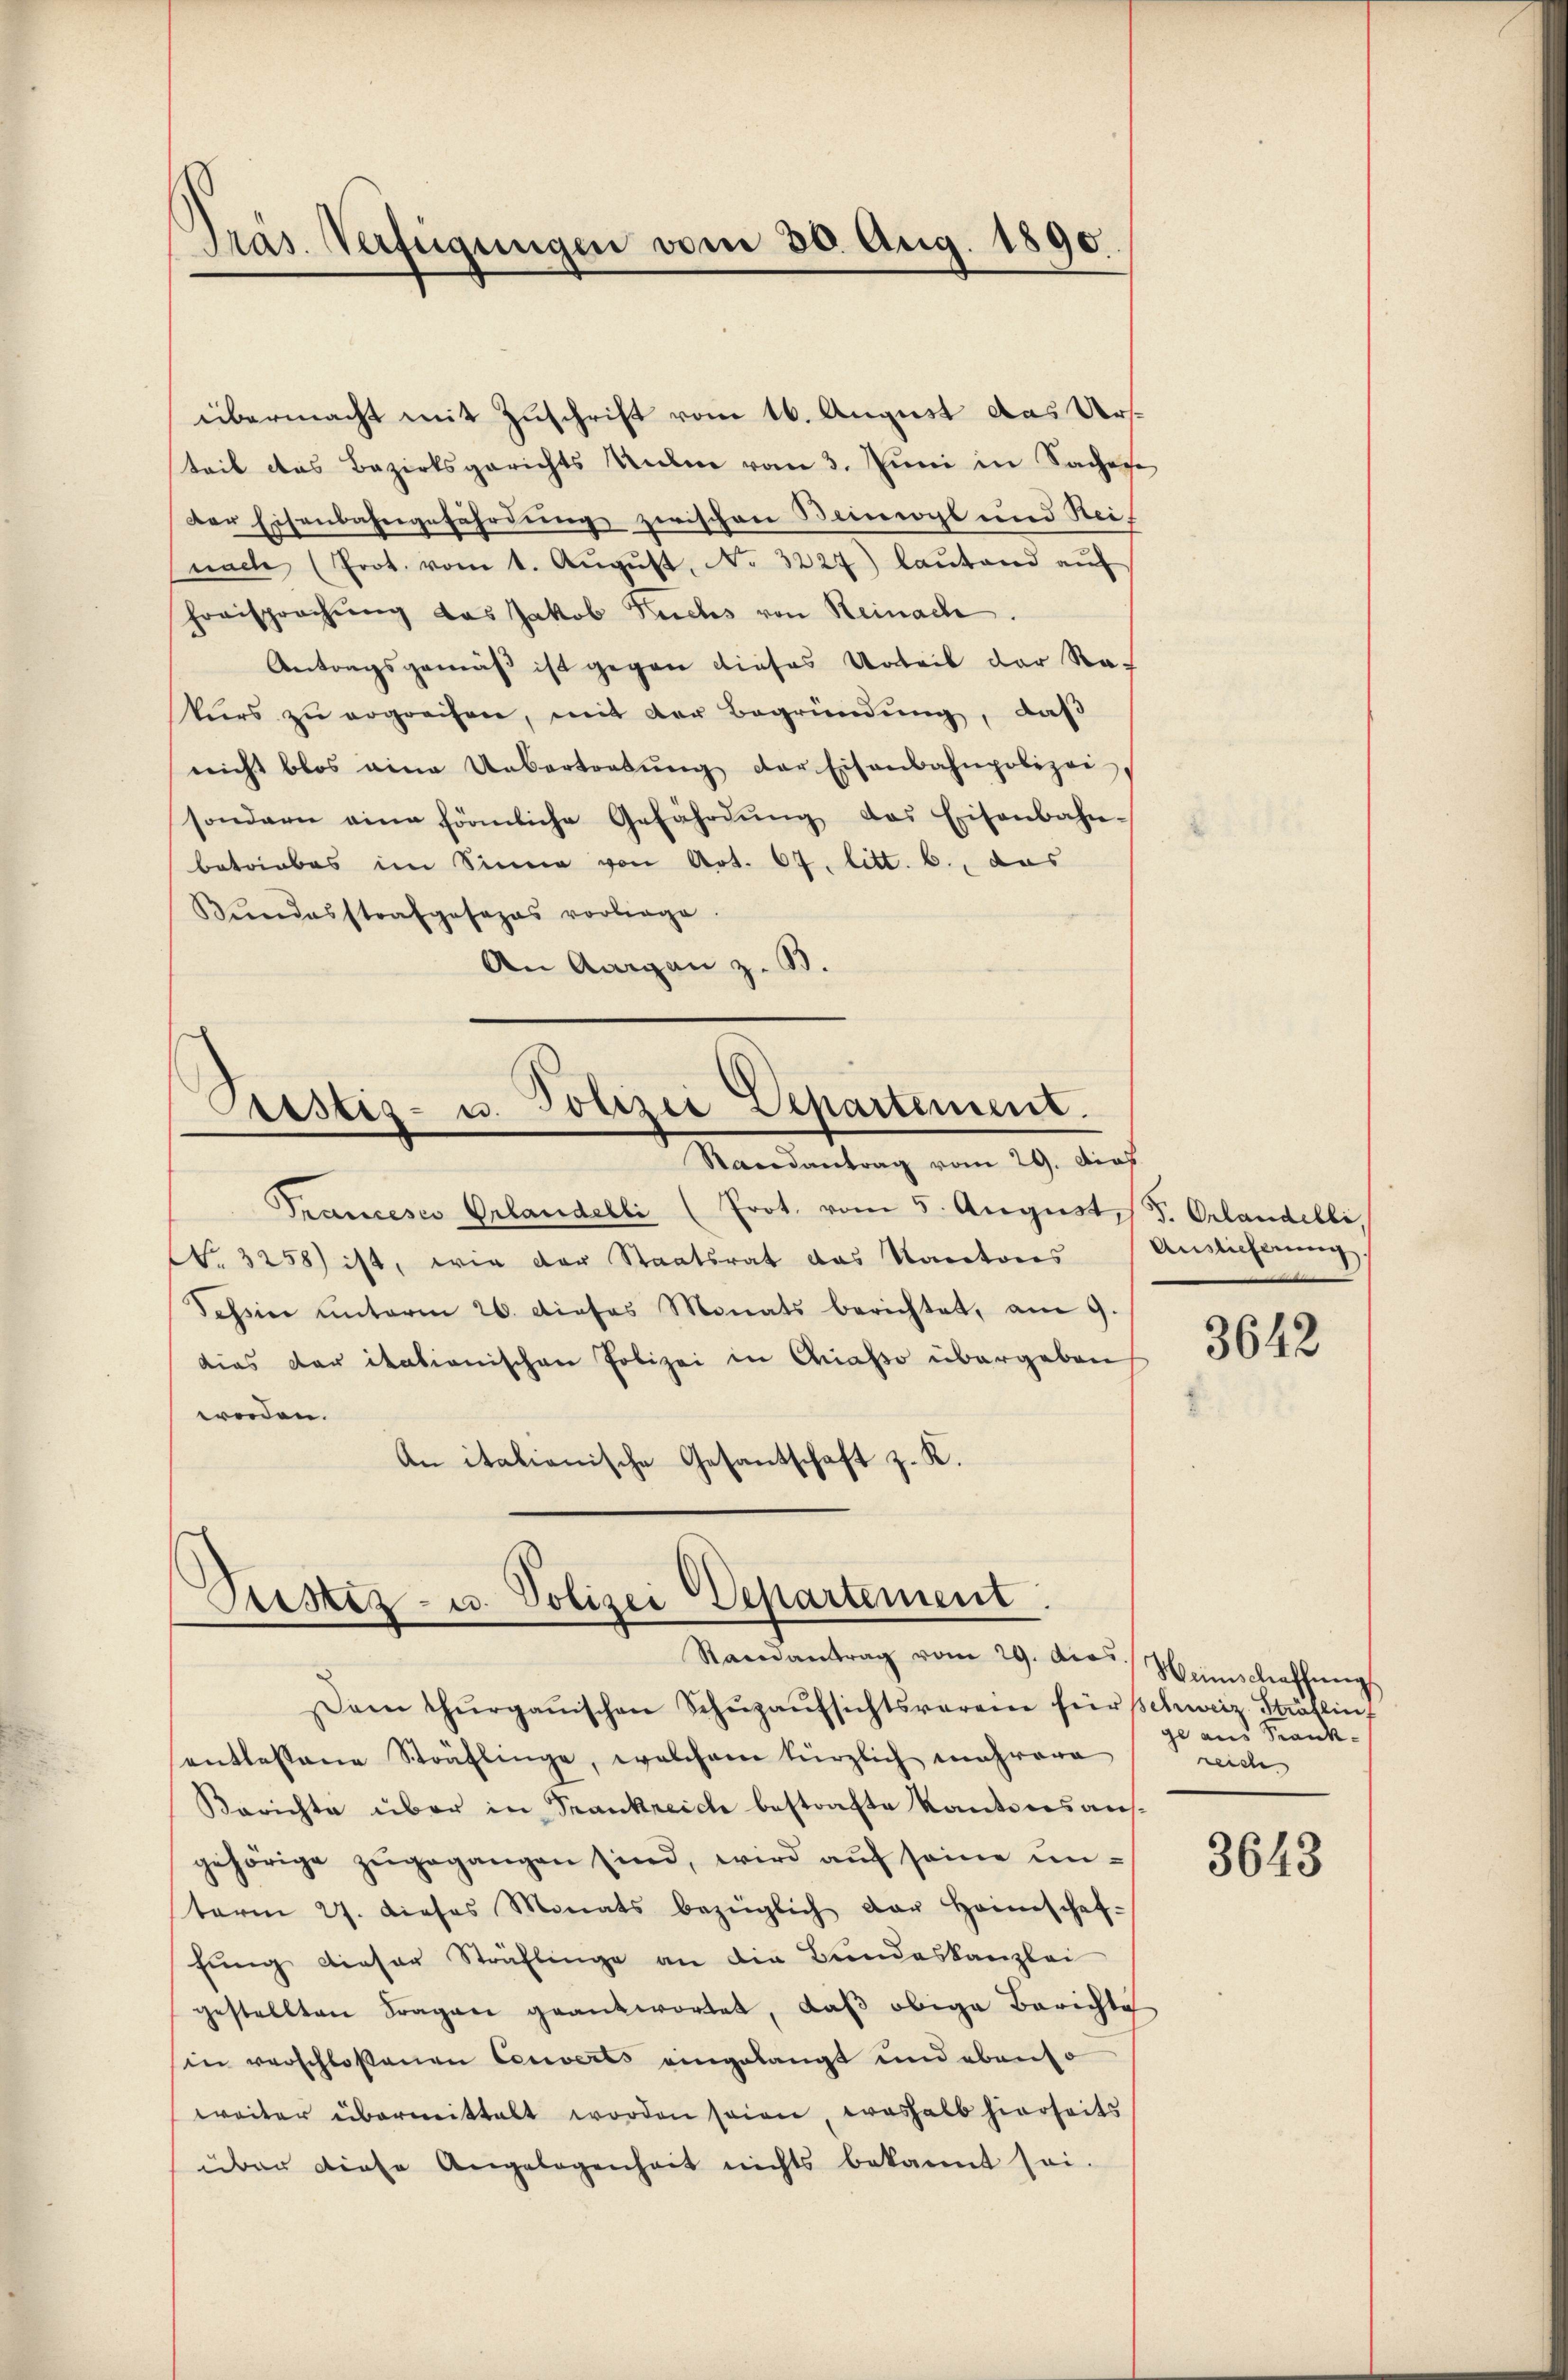
übermacht mit Zuschrift vom 16. August das Ursteil das Bezirksgerichts Unten vom 3. Juni in Sache
der Eisenbahngefährdung zwischen Beimeogl und Reinach (Prot. vom 1. Aŭgŭst No. 3227) laŭtand aŭf
Frrisprechung das Jakob Fuchs von Reinach
Antragsgemäß ist gegen dieses Urteil der Rat
kŭrs zŭ ergreifen, mit der Begründŭng, daβ
nicht blos eine Uebertretŭng der Eisenbahnpolizei,
sondern eine förmliche Gefährdŭng das Eisenbahn-
betriebes im Sinne von Art. 64. litt. b., das
Kŭndesstrafgesezes vorliege.
An Aargau z. B.

Präs. Verfügungen vom 30. Aug. 1890.

Cristiz- u. Polizei Departement.
Randantrag vom 29. dies

Trancesco Erlandelli (Prot. vom 5. August,
No. 3258) ist, wie der Staatsrat das Kantores
Schsin unterm 26. dieses Monats berichtet, am 9.
dias der itationischen Polizei in Criasso übergeben
worden.
An italienische Gesantschaft z. R.

Fristiz- u. Polizei Departement.
Raandantrag vom 29. dies

Dam Thurgauischen Schŭzaŭfsichtswaren für schweiz Sträflin
entlassene Sträflinge, welchem kürzlich mehrere
Berichte über in Trankreiche bestrafte Kantonsaus-
gehörige zugegangen sind, wird auf seine unterm 27. dieses Monats bezüglich der Heimschaf-
fung dieser Sträflinge an die Bundeskanzlei
gestellten Fragen geantwortet, daß obige Berichte
sin verschlossenen Converts eingelangt und ebenso
weiter übermittelt worden seien, weshalb hierseits
über diese Angelegenheit nichts bekannt sei.

F. Orlandelli,
Anslicherung

3642

Weinschaffung
gl aus Frankreiche

3643